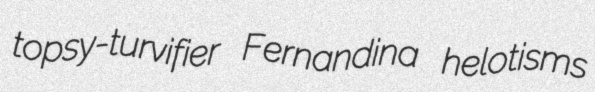
topsy-turvifier Fernandina helotisms